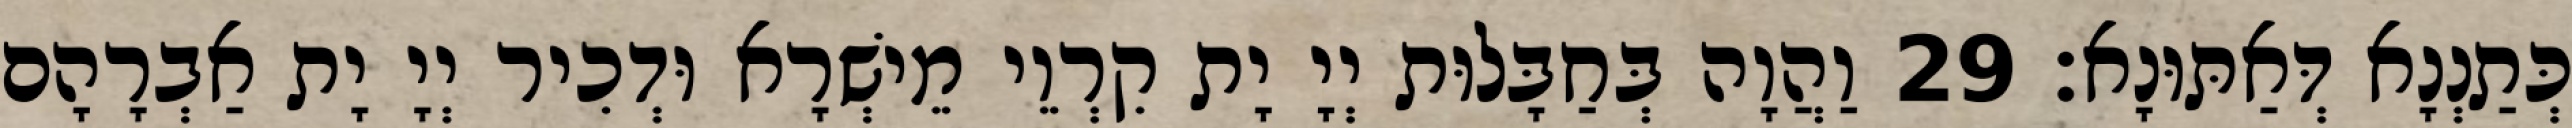
כְּתַנְנָא דְּאַתּוּנָא׃ 29 וַהֲוָה בְּחַבָּלוּת יְיָ יָת קִרְוֵי מֵישְׁרָא וּדְכִיר יְיָ יָת אַבְרָהָם